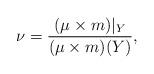
LaTeX: \begin{align*} \nu= \frac{(\mu \times m)|_{Y}}{(\mu \times m)(Y)},\end{align*}